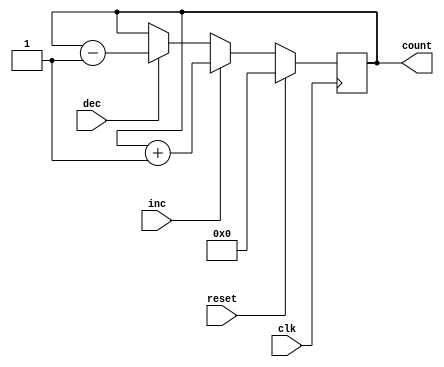
module bidirectional_gray_counter (
    input wire clk,
    input wire inc,
    input wire dec,
    input wire reset,
    output reg [3:0] count
);

reg [3:0] next_count;

always @(posedge clk) begin
    if (reset) begin
        count <= 4'd0;
    end else begin
        if (inc) begin
            next_count = count + 1;
        end else if (dec) begin
            next_count = count - 1;
        end else begin
            next_count = count;
        end
        
        count <= next_count;
    end
end

endmodule